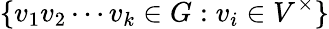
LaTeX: \{ v_{1}v_{2}\cdots v_{k}\in G:v_{i}\in V^{\times}\}